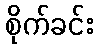
စိုက်ခင်း